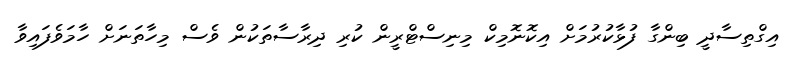
އިގްތިސާދީ ބިންގާ ފުޅާކުރުމަށް އިކޮނޮމިކް މިނިސްޓްރީން ކުރި ދިރާސާތަކުން ވެސް މިހާތަނަށް ހާމަވެފައިވާ